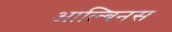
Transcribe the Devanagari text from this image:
आल्बिनस